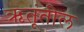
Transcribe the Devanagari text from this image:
ऋतूंतील